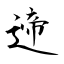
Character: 遆